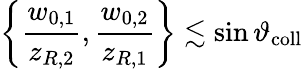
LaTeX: \left\{ \frac{w_{0,1}}{z_{R,2}},\frac{w_{0,2}}{z_{R,1}}\right\} \lesssim\sin\vartheta_{\mathrm{coll}}